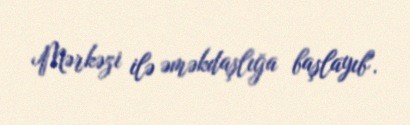
Mərkəzi ilə əməkdaşlığa başlayıb".